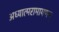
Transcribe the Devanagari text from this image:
अध्यात्मरामायणम्